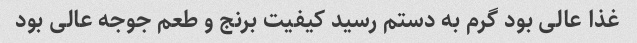
غذا عالی بود گرم به دستم رسید کیفیت برنج و طعم جوجه عالی بود